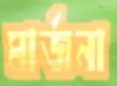
মার্জনা